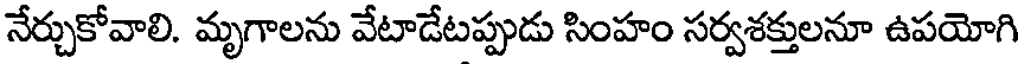
నేర్చుకోవాలి. మృగాలను వేటాడేటప్పుడు సింహం సర్వశక్తులనూ ఉపయోగి